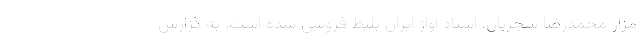
مزار محمدرضا شجریان، استاد آواز ایران بلیط فروشی شده است. به گزارش